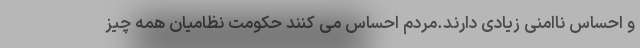
و احساس ناامنی زیادی دارند.مردم‌ احساس می کنند حکومت نظامیان همه چیز